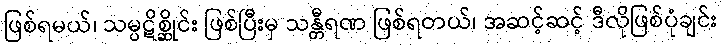
ဖြစ်ရမယ်၊ သမ္ပဋိစ္ဆိုင်း ဖြစ်ပြီးမှ သန္တီရဏ ဖြစ်ရတယ်၊ အဆင့်ဆင့် ဒီလိုဖြစ်ပုံချင်း